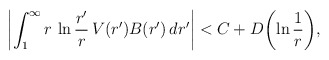
\begin{align*}\left|\int_1^{\infty}r\,\ln {r'\over r}\,V(r')B(r')\,dr'\right|<C+D\biggl(\ln {1\over r}\biggr),\end{align*}